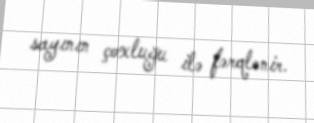
sayının çoxluğu ilə fərqlənir.